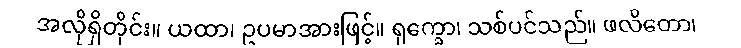
အလိုရှိတိုင်း။ ယထာ၊ ဥပမာအားဖြင့်။ ရုက္ခော၊ သစ်ပင်သည်။ ဖလိတော၊